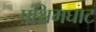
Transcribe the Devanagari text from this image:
पश्चिमघाट